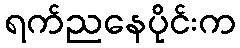
ရက်ညနေပိုင်းက